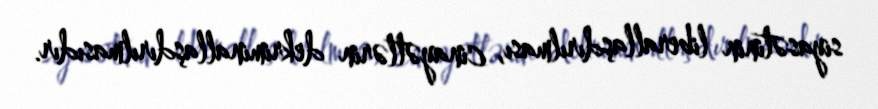
siyasətinin liberallaşdırılması, cinayətlərin dekriminallaşdırılmasıdır.